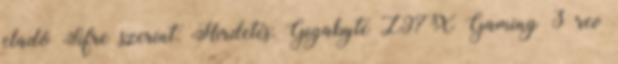
eladó Sifre szerint: Hirdetés: Gigabyte Z97X Gaming 3 rev